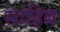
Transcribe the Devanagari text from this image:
साहिब